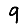
Digit: 9